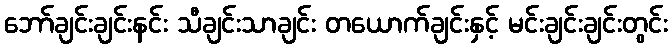
ဘော်ချင်းချင်းနင်း သီချင်းသာချင်း တယောက်ချင်းနှင့် မင်းချင်းချင်းတွင်း